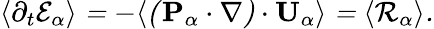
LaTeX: \begin{array}{r}{\langle\partial_{t}\cal E_{\alpha}\rangle=-\langle(\mathbf{P}_{\alpha}\cdot\nabla)\cdot\mathbf{U}_{\alpha}\rangle=\langle\mathcal R_{\alpha}\rangle.}\end{array}